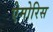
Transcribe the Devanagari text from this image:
ऐमोरिस